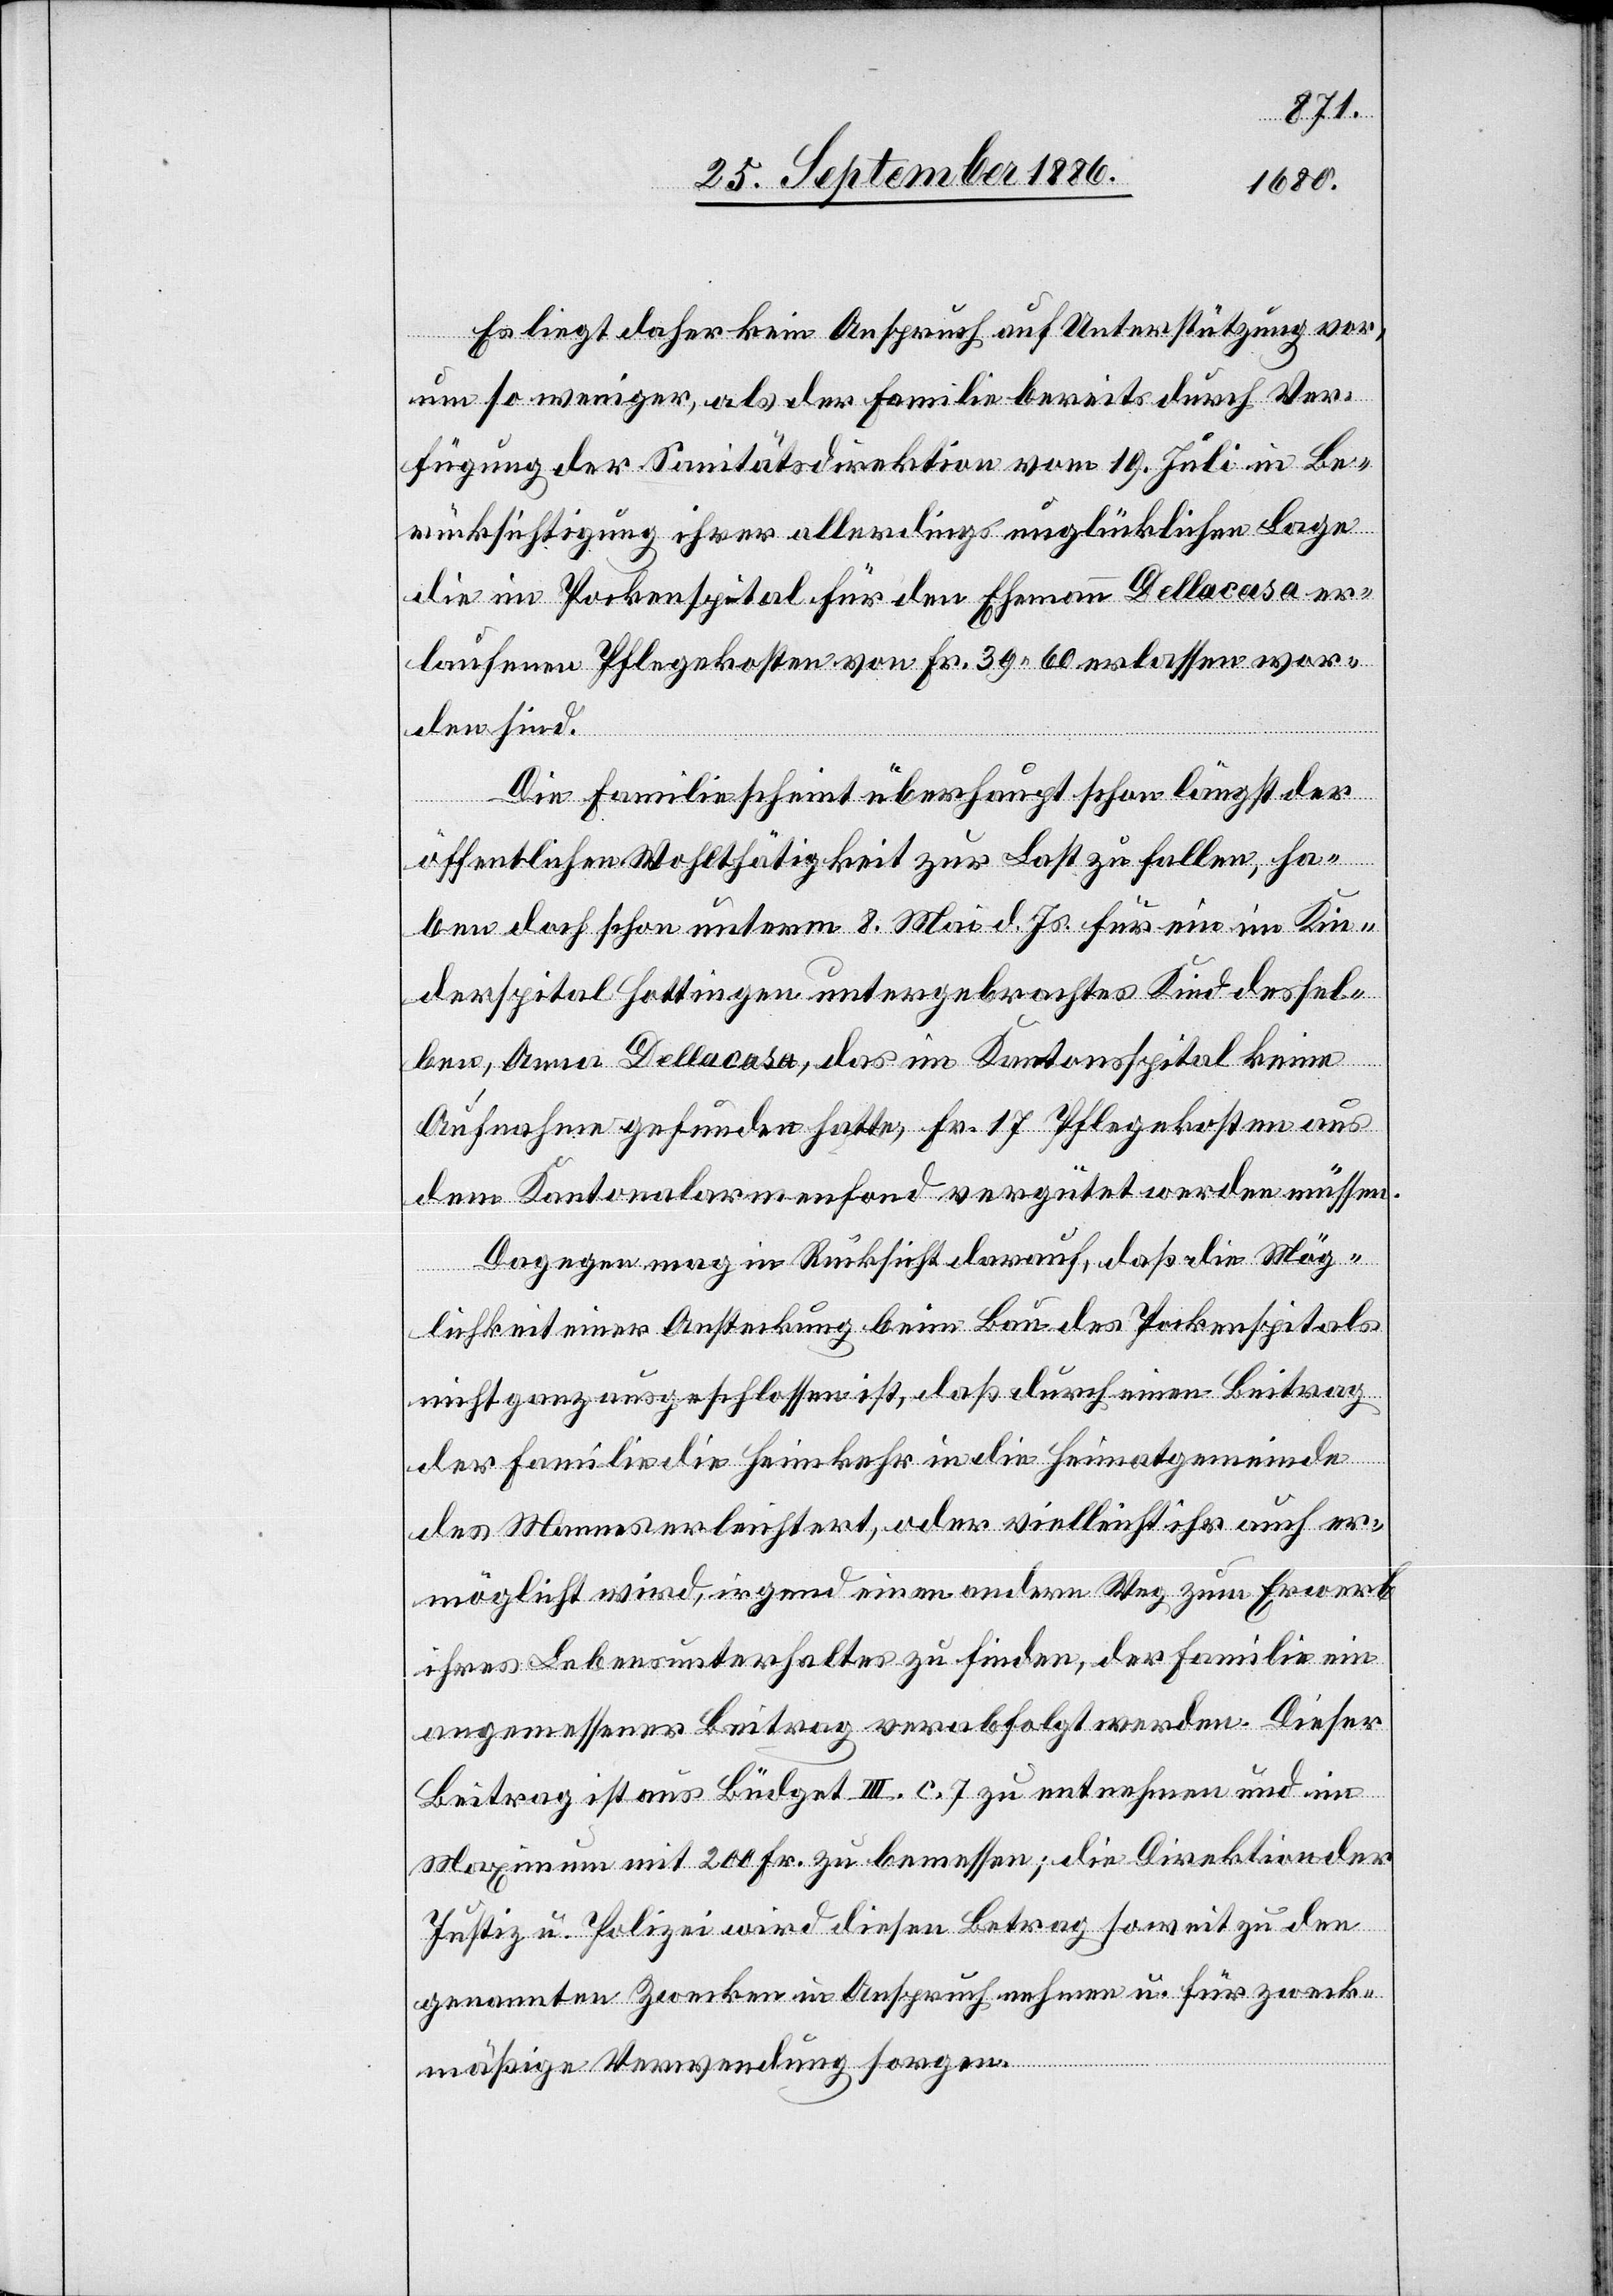
Es liegt daher kein Anspruch auf Unterstützung vor,
um so weniger, als der Familie bereits durch Ver¬
fügung der Sanitätsdirektion vom 19. Juli in Be¬
rücksichtigung ihrer allerdings unglücklichen Lage
die im Pockenspital für den Ehemann Dellacasa er¬
laufenen Pflegekosten von Fr. 39 60 erlassen wor¬
den sind.
Die Familie scheint überhaupt schon längst der
öffentlichen Wohlthätigkeit zur Last zu fallen, ha¬
ben doch schon unterm 8. Mai d. Js. für ein im Kin¬
derspital Hottingen untergebrachtes Kind dessel¬
ben, Anna Dellacasa, das im Kantonsspital keine
Aufnahme gefunden hatte, Fr. 17 Pflegekosten aus
dem Kantonalarmenfond vergütet werden müssen.
Dagegen mag in Rücksicht darauf, daß die Mög¬
lichkeit einer Ansteckung beim Bau des Pockenspitals
nicht ganz ausgeschlossen ist, daß durch einen Beitrag
der Familie die Heimkehr in die Heimatsgemeinde
des Mannes erleichtert, oder vielleicht ihr auch er¬
möglicht wird, irgend einen andern Weg zum Erwerb
ihres Lebensunterhaltes zu finden, der Familie ein
angemessener Beitrag verabfolgt werden. Dieser
Beitrag ist aus Büdget III. c. 7 zu entnehmen und im
Maximum mit 200 Fr. zu bemessen; die Direktion der
Justiz u. Polizei wird diesen Betrag soweit zu den
genannten Zwecken in Anspruch nehmen u. für zweck¬
mäßige Verwendung sorgen.